Trukikaitis_Postimees, lk 246
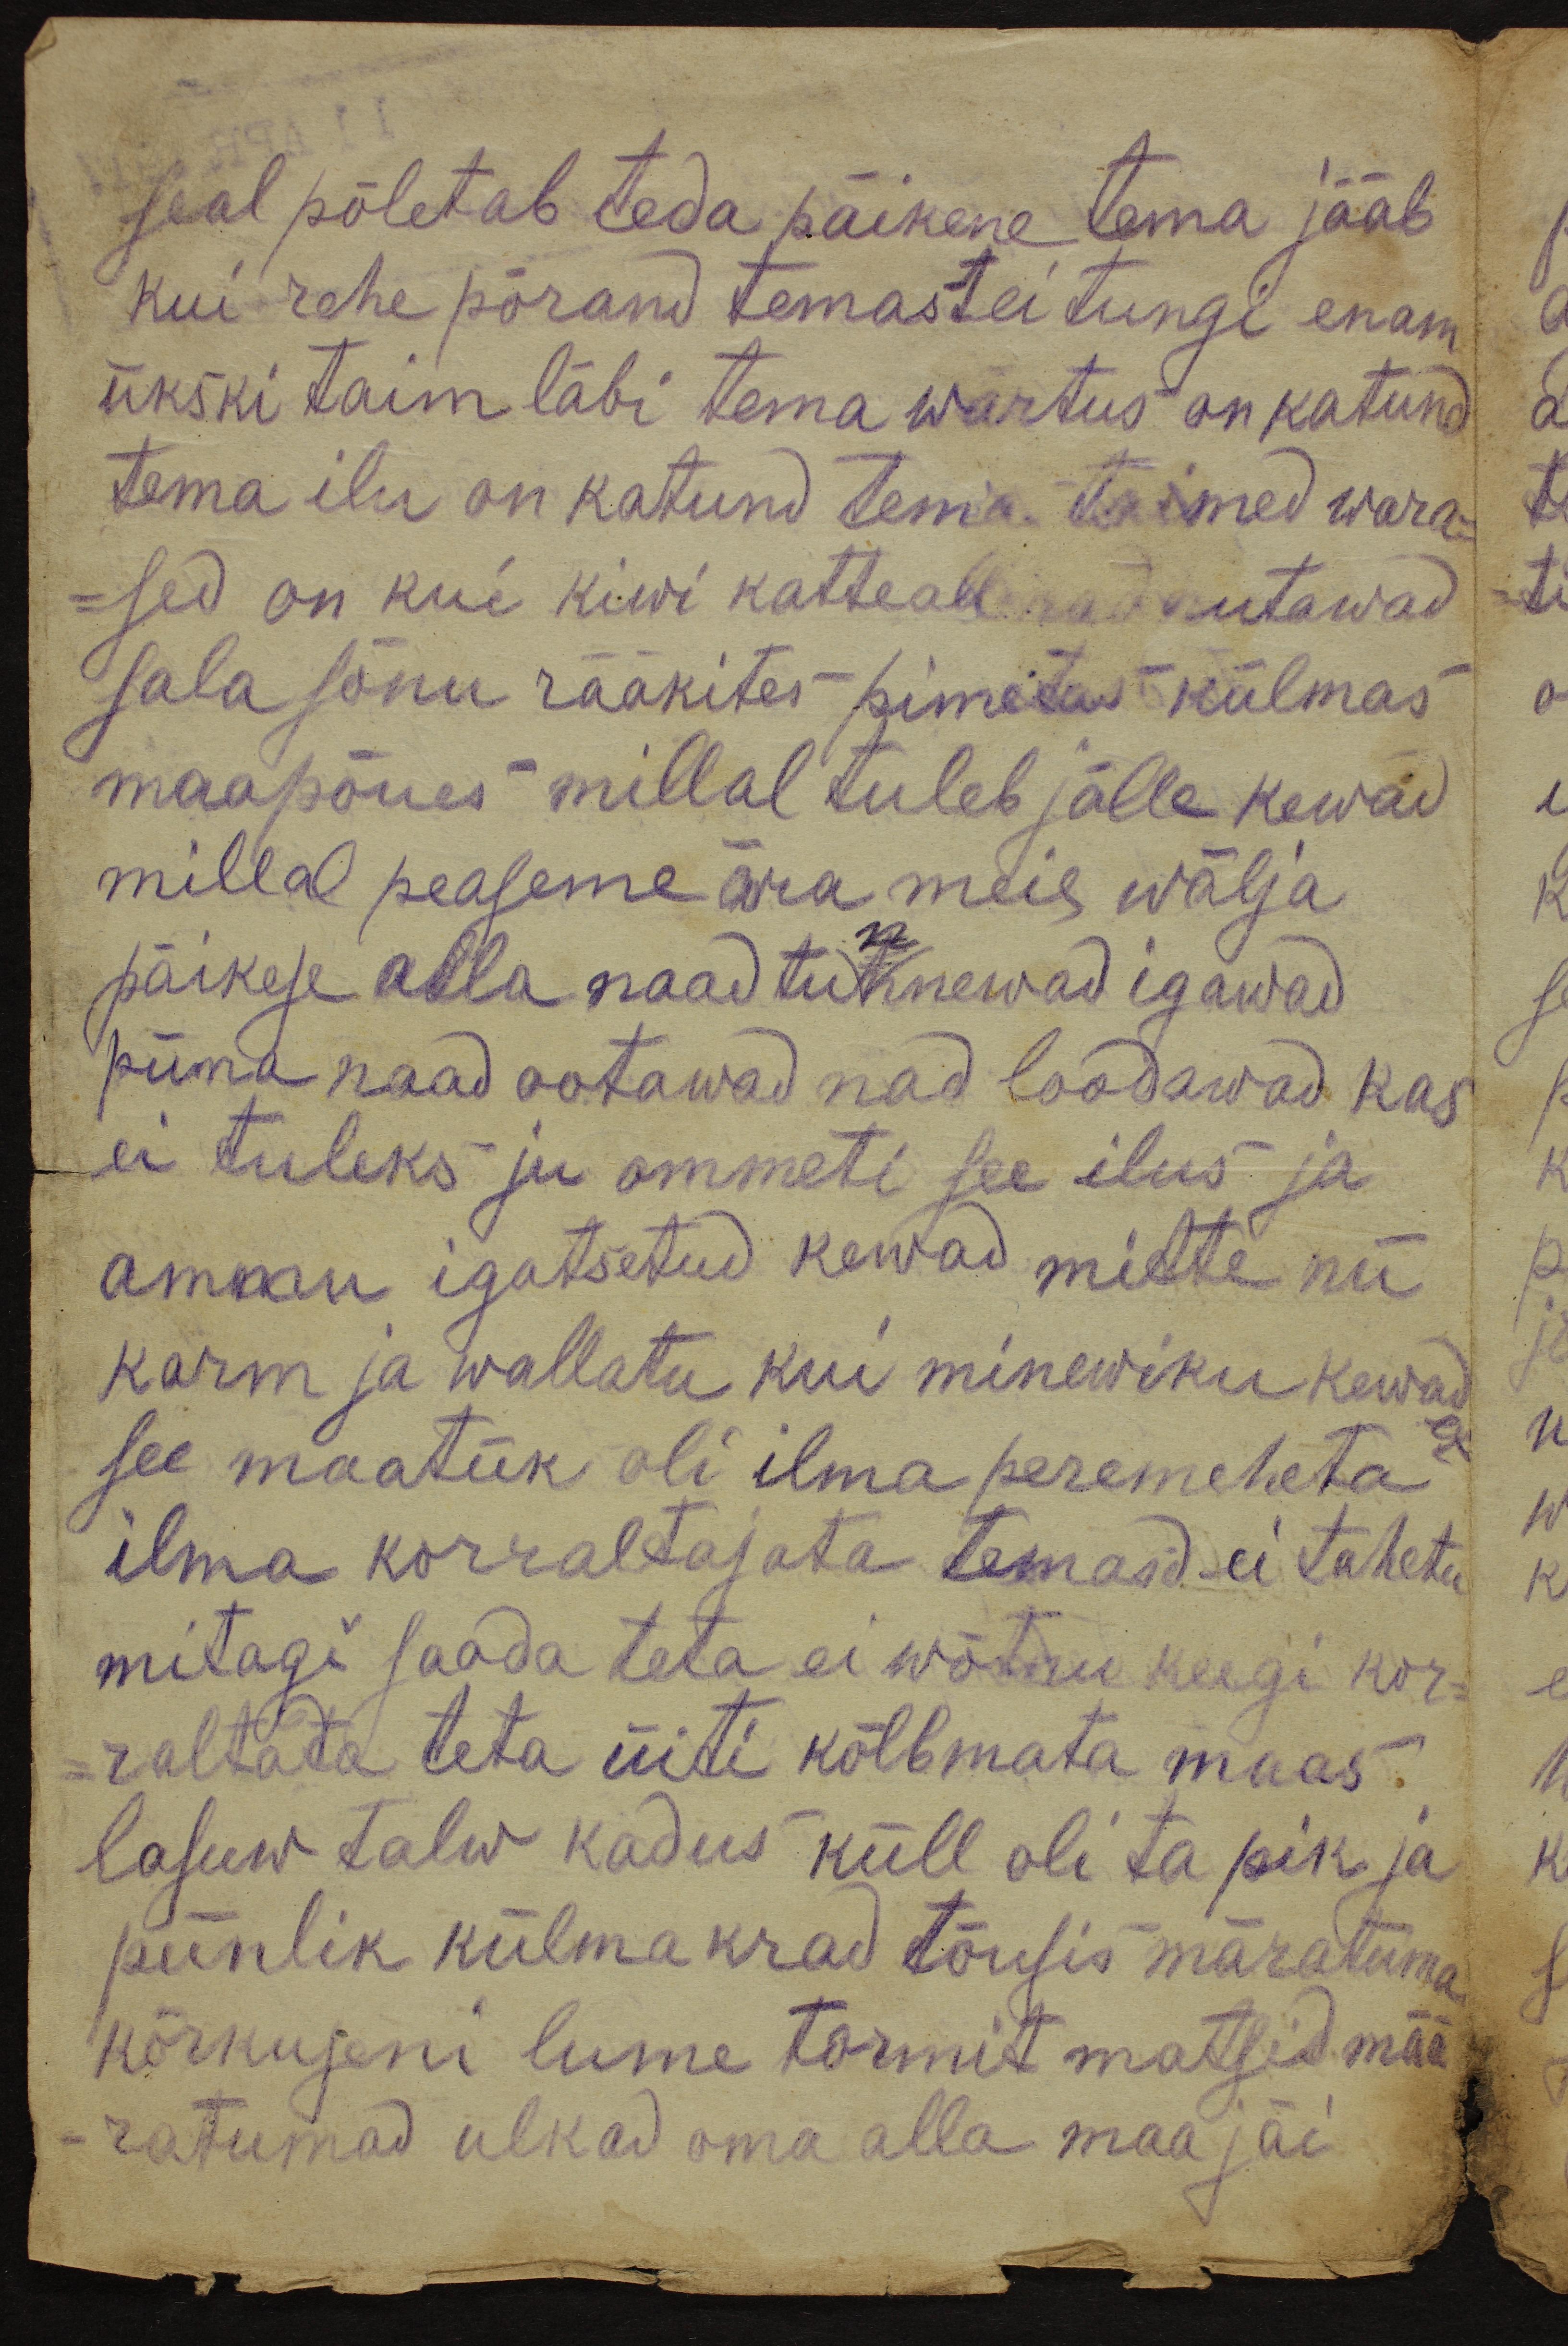
seal põletab teda päikene tema jääb
kui rehe põrand temast ei tungi enam
ükski taim läbi tema wärtus on katund
tema ilu on katund tema taimed wara-
sed on kui kiwi katte all nad nutawad
sala sõnu rääkites pimetas külmas
maapõues millal tuleb jälle kewad
millal peaseme ära meie wälja
päikese alla naad tunnewad igawad
piina naad ootawad nad loodawad kas
ei tuleks ju ommeti see ilus ja
ammu igatsetud kewad mitte nii
karm ja wallatu kui minewiku kewad
see maatük oli ilma peremeheta,
ilma korraltajata temasd ei taheta
mitagi saada teha ei wõtnu keegi kor-
raltada teta üiti kõlbmata maas.
lasuw talw kadus küll oli ta pik ja
piinlik külmakrad tõusis märatuma
kõrkuseni lume tormit matsid mää-
ratumad ulkad oma alla maa jäi